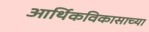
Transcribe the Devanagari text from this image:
आर्थिकविकासाच्या